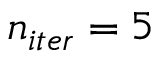
n _ { i t e r } = 5